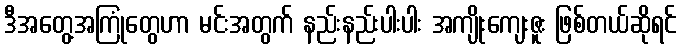
ဒီအတွေ့အကြုံတွေဟာ မင်းအတွက် နည်းနည်းပါးပါး အကျိုးကျေးဇူး ဖြစ်တယ်ဆိုရင်